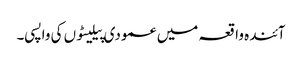
آئندہ واقعہ میں عمودی پیلیٹوں کی واپسی۔